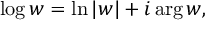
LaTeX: \log w = \ln | w | + i \arg w ,